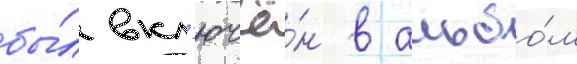
бы́л вкл'ючё́н в альбо́м